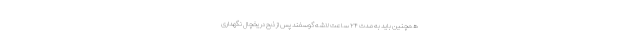
همچنین باید به مدت ۲۴ ساعت لاشه گوسفند پس از ذبح در یخچال نگهداری